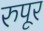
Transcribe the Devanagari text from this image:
रुपूर